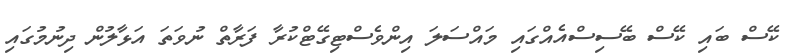
ކޭސް ބައި ކޭސް ބޭސިސްއެއްގައި މައްސަލަ އިންވެސްޓިގޭޓްކުރާ ފަރާތް ނުވަތަ އަޅާލުން ދިނުމުގައި